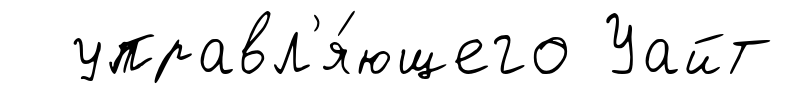
управл'я́ющего Уайт